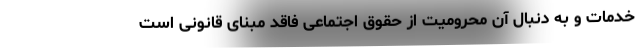
خدمات و به دنبال آن محرومیت از حقوق اجتماعی فاقد مبنای قانونی است